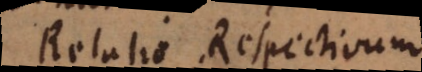
Relatio, Respectivum.